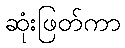
ဆုံးဖြတ်ကာ